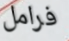
فرامل